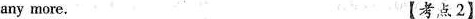
any more.